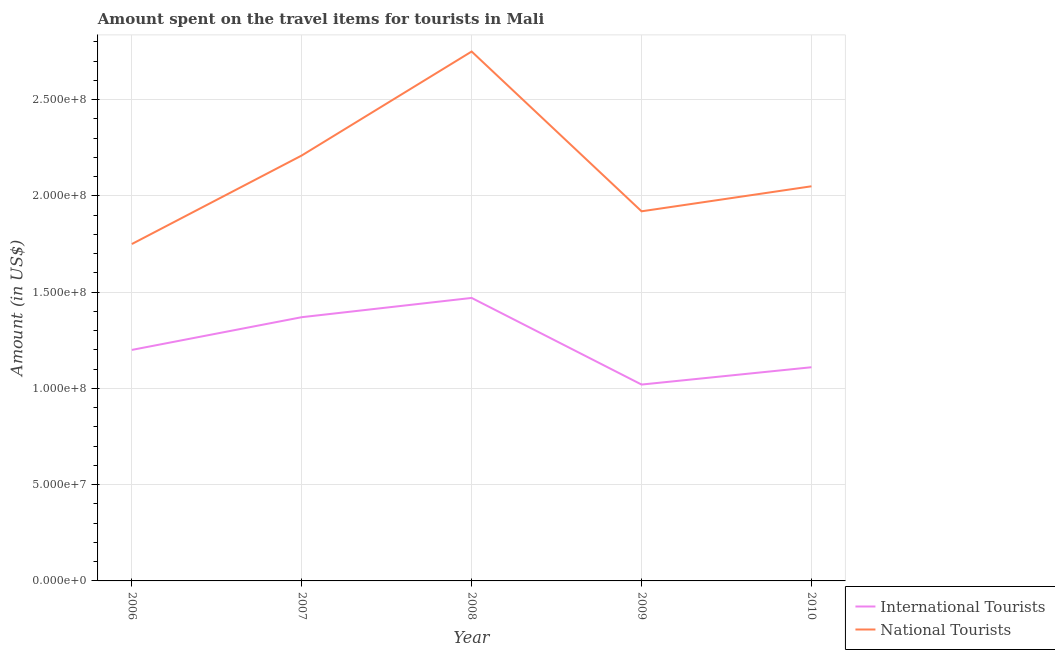
| Year | International Tourists | National Tourists |
 | --- | --- | --- |
 | 2006 | 1.2e+08 | 1.75e+08 |
 | 2007 | 1.37e+08 | 2.21e+08 |
 | 2008 | 1.47e+08 | 2.75e+08 |
 | 2009 | 1.02e+08 | 1.92e+08 |
 | 2010 | 1.11e+08 | 2.05e+08 |